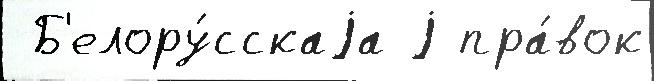
 Б'елору́сскаjа j пра́вок